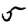
Digit: 5